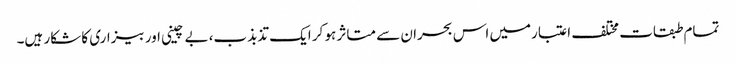
تمام طبقات مختلف اعتبارمیں اس بحران سے متاثر ہو کر ایک تذبذب، بے چینی اور بیزاری کا شکار ہیں۔